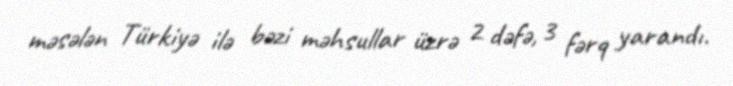
məsələn Türkiyə ilə bəzi məhsullar üzrə 2 dəfə, 3 fərq yarandı.